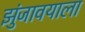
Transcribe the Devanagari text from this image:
झुंजावयाला